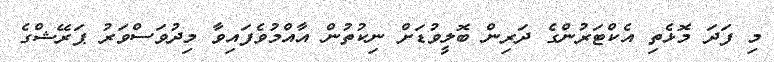
މި ފަދަ މޮޅެތި އެކްޓަރުންގެ ދަރިން ބޮލީވުޑަށް ނިކުތުން އާއްމުވެފައިވާ މިދުވަސްވަރު ޕަރޭޝްގެ